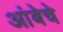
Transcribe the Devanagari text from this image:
आंबेचे